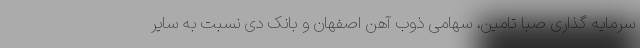
سرمایه گذاری صبا تامین، سهامی ذوب آهن اصفهان و بانک دی نسبت به سایر